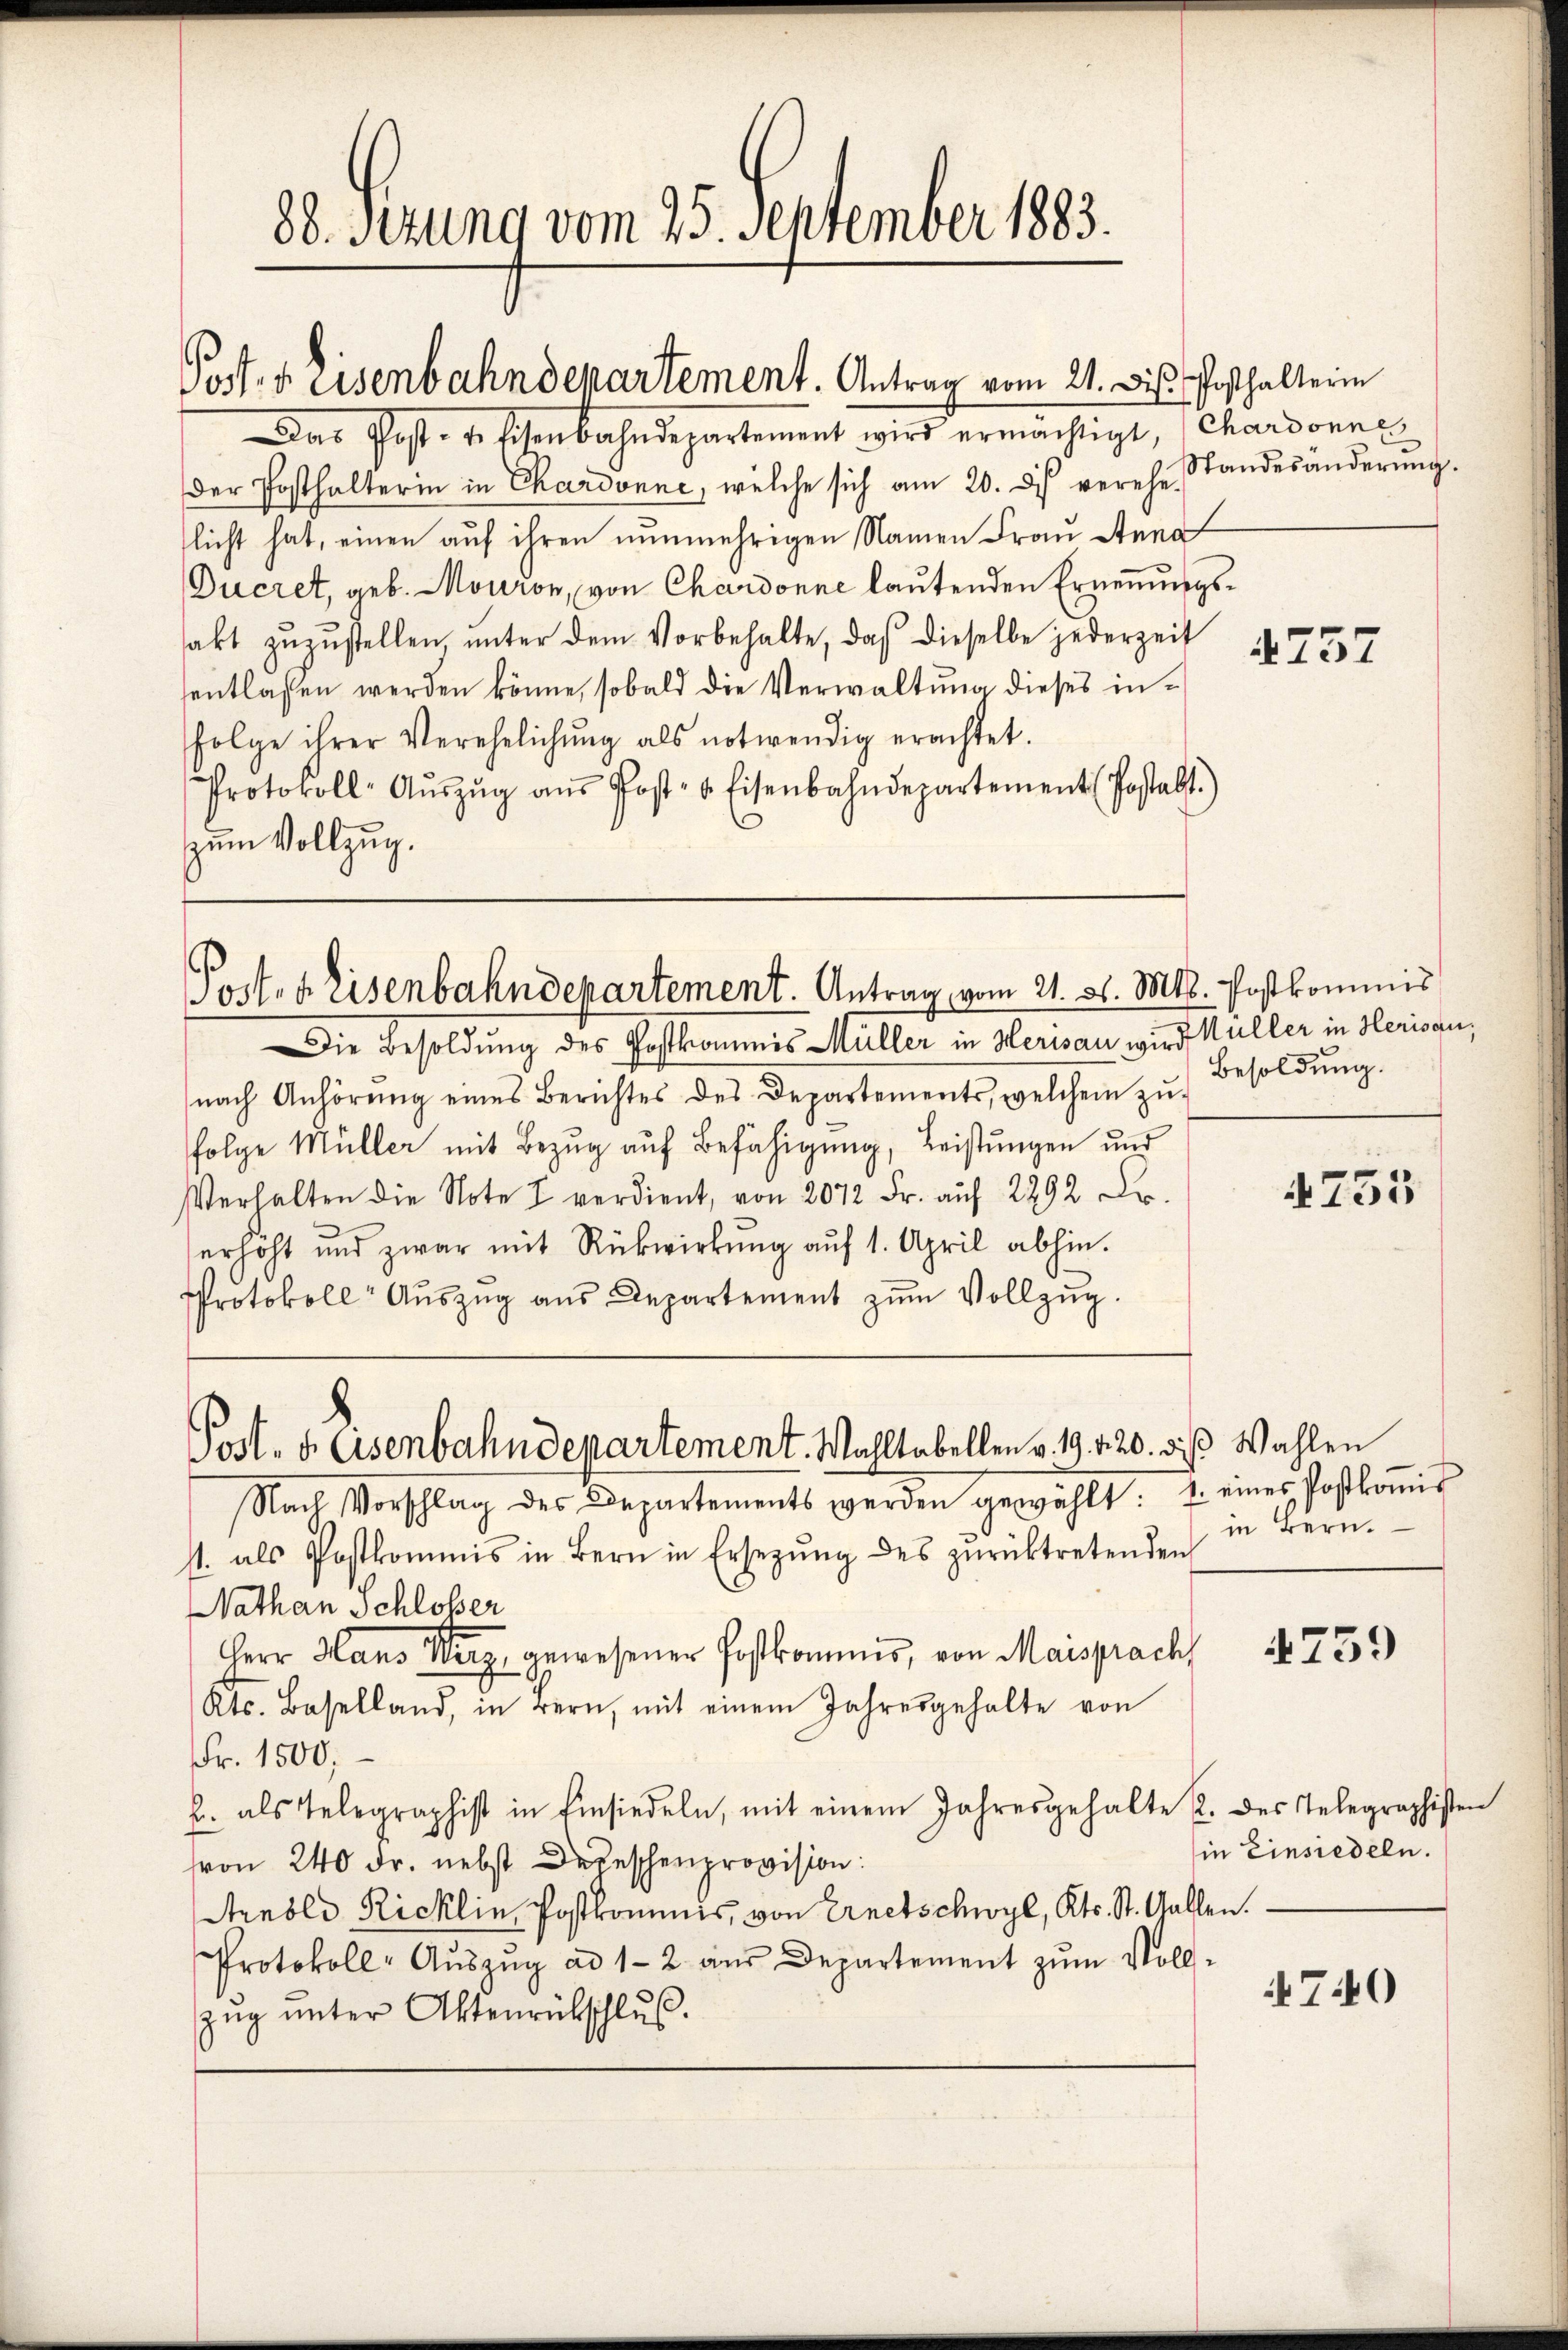
Post. Eisenbahndepartement. Antrag vom 21. Dis Posthalterin

88. Sezung vom 25. September 1883.

Post- u. Eisenbahndepartement. Antrag vom 21. 31. Mts. Postkommis

Post- u. Eisenbahndepartement. Wahltabellen v. 19. 420. die Wahlen

Das Post- u. Eisenbahndepartement wird ermächtigt, (Chardonne
Der Posthalterin in Chardonne, welche sich am 20. ds verehelicht hat, einen auf ihren nunmehrigen Namen Frau Steno
Ducret, geb. Monion, von Chardonne lautenden Ernennungsakt zŭzŭstellen, ŭnter dem Vorbehalte, daß dieselbe jederzeit
sentlassen werden könne, sobald die Verwaltung dieses infolge ihrer Verehelichŭng als notwendig erachtet.
Protokoll- Aŭszŭg aŭs Post- & Eisenbahndepartement (Postalt.)
zum Vollzug.

Die Besoldung des Postkommis Müller in Herisau wird Müller in Herisau,
nach Anhörŭng eines Berichtes des Departements, welchem zŭ-
folge Müller mit Bezug auf Befähigung, Leistungen und
Verhalten die Note 7 verdient, von 2072 Fr. auf 2292 Fr.
.
erhöht und zwar mit Rückwirkung auf 1. April abhin.
Protokoll- Aŭszŭg aŭs Departement zŭm Vollzŭg.

Standesänderung.

Nach Vorschlag des Departements werden gewählt: 1. eines Postkoṁis
st. als Postkommis in Bern in Ersetzŭng des zŭrücktretenden
Nathan Schlösser
Herr Hans Wirz, gewesener Postkommis, von Maisprach
Kts. Baselland, in Bern, mit einem Jahresgehalte von
Fr. 1500,
b. als Telegraphist in Einsiedeln, mit einem Jahresgehalte 2. des Telegraphisten
hon 240 Fr. nebst Depeschenprovision:
Arnold Ricklin, Postkommnis, von Ernetschwyl, Kts. St. Gallen.
Protokoll- Aŭszŭg ad 1-2 aŭs Departement zŭm Voll-
zŭg ŭnter Aktenrückschlŭs.

4757

Besoldung.

4755

in Bern.

739

in Einsiedeln.

4740